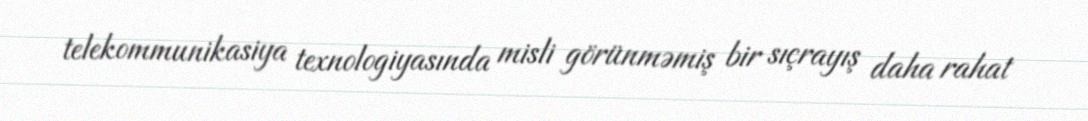
telekommunikasiya texnologiyasında misli görünməmiş bir sıçrayış daha rahat